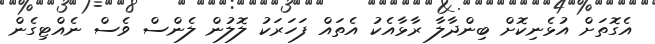
އެގޮތަށް އުޅެނިކޮށް ބިންދާލާ ރާޅާއެކު އެތައް ފަހަރަކު ލޮލުން ލެންސް ވެސް ނެއްޓިގެން